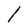
Character: l